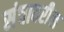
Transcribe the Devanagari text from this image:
संचावरील